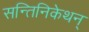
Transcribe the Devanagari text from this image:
सन्तिनिकेथन्